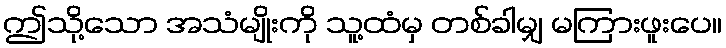
ဤသို့သော အသံမျိုးကို သူ့ထံမှ တစ်ခါမျှ မကြားဖူးပေ။